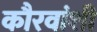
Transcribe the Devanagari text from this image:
कौरवांशी